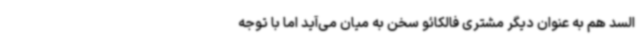
السد هم به عنوان دیگر مشتری فالکائو سخن به میان می‌آید اما با توجه